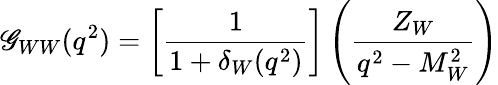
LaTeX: \mathscr{G}_{WW}(q^{2})=\left[\frac{{1}}{{1+\delta_{W}(q^{2})}}\right]\left(\frac{{Z_{W}}}{{q^{2}-M_{W}^{2}}}\right)